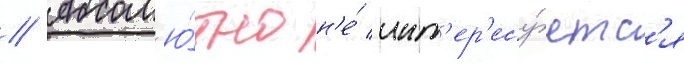
// Абсол'ю́тно н'е́ инт'ер'есу́етс'я